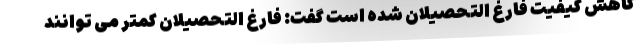
کاهش کیفیت فارغ التحصیلان شده است گفت: فارغ التحصیلان کمتر می توانند